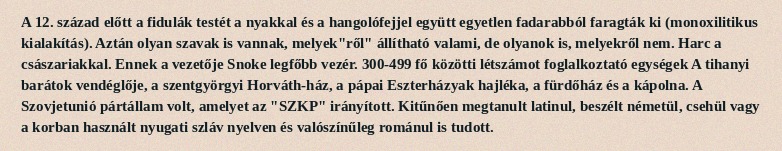
A 12. század előtt a fidulák testét a nyakkal és a hangolófejjel együtt egyetlen fadarabból faragták ki (monoxilitikus kialakítás). Aztán olyan szavak is vannak, melyek"ről" állítható valami, de olyanok is, melyekről nem. Harc a császariakkal. Ennek a vezetője Snoke legfőbb vezér. 300-499 fő közötti létszámot foglalkoztató egységek A tihanyi barátok vendéglője, a szentgyörgyi Horváth-ház, a pápai Eszterházyak hajléka, a fürdőház és a kápolna. A Szovjetunió pártállam volt, amelyet az "SZKP" irányított. Kitűnően megtanult latinul, beszélt németül, csehül vagy a korban használt nyugati szláv nyelven és valószínűleg románul is tudott.